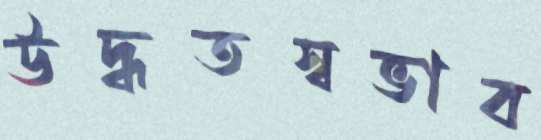
উদ্ধতস্বভাব